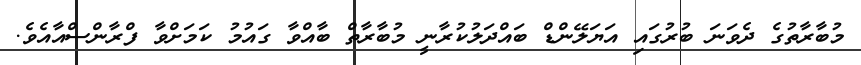
މުބާރާތުގެ ދެވަނަ ބުރުގައި އަޔަލޭންޑް ބައްދަލުކުރާނީ މުބާރާތް ބާއްވާ ގައުމު ކަމަށްވާ ފްރާންސްއާއެވެ.